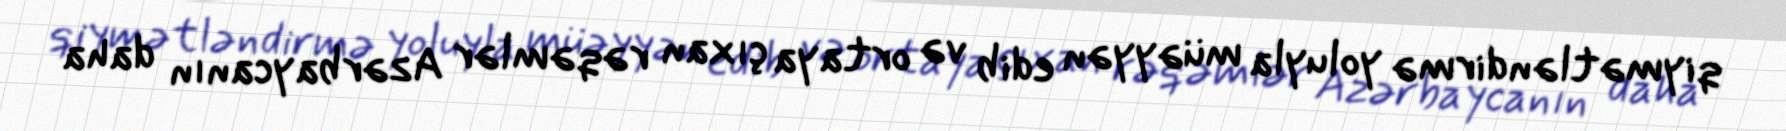
qiymətləndirmə yoluyla müəyyən edib və ortaya çıxan rəqəmlər Azərbaycanın daha